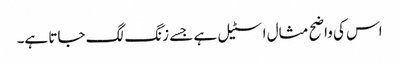
اس کی واضح مثال اسٹیل ہے جسے زنگ لگ جاتا ہے۔